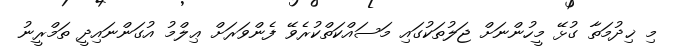
މި ޚިދުމަތާ ގުޅޭ މީހުންނަށް ޖަލުތަކުގައި މަސައްކަތްކުރެވޭ ފެންވަރަށް ޢިލްމު އުގަންނައިދީ ތަމްރީނު